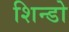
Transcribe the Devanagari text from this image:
शिन्डो